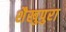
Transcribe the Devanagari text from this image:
शैखुपुरा